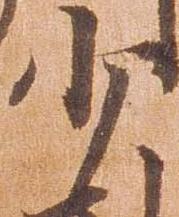
少